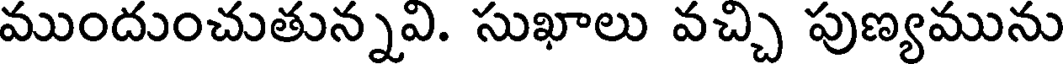
ముందుంచుతున్నవి. సుఖాలు వచ్చి పుణ్యమును